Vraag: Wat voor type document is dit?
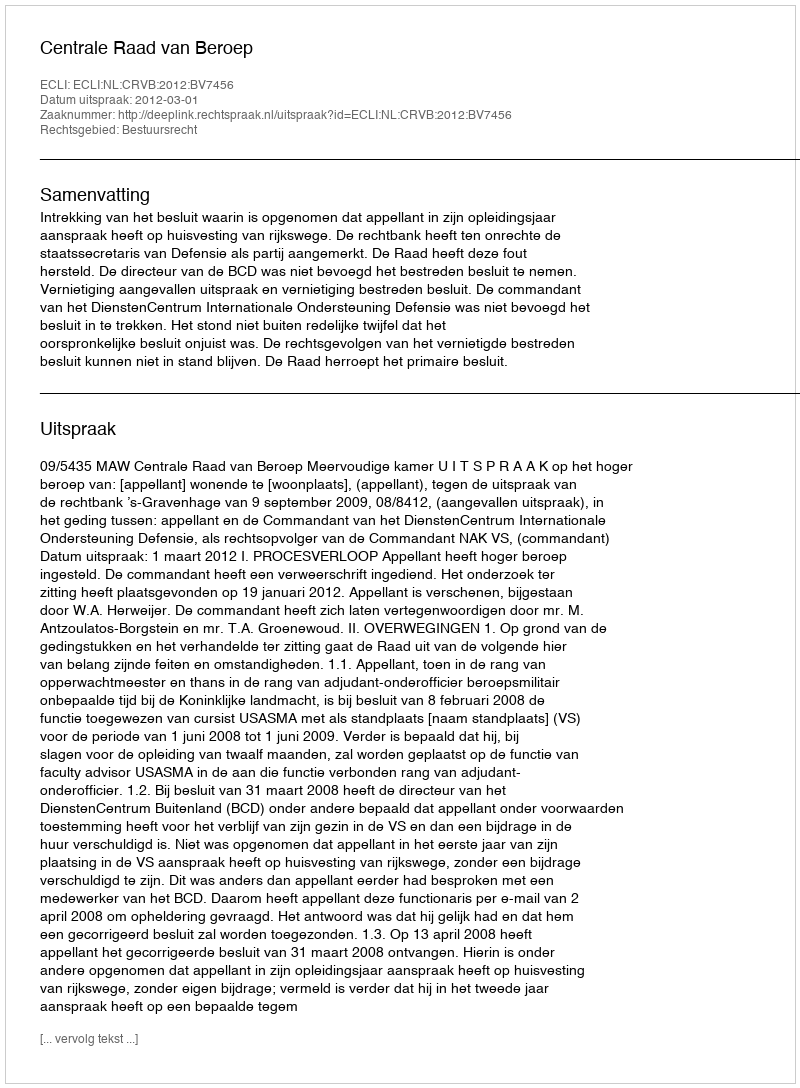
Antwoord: Uitspraak